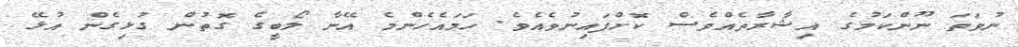
ނުވަތަ ނޫންކަމުގެ އިޝާރާތެއްވެސް ކޮށްފައިނުވެއެވެ. ހަމައެހެންމެ އޭނާ ލޯބީގެ ގޮތުން ގުޅިގެން އުޅޭ